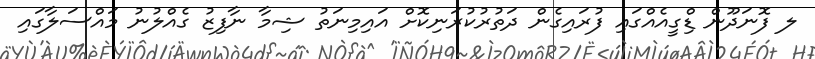
ލ ފޮނަދޫން ޑިްގީއެއްގައި ފުރައިގެން ދަތުރުކުރަނިކޮށް އައިމިނަތު ޝިމާ ނާފިޒު ގެއްލުނު މައްސަލާގައި